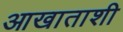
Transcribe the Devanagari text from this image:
आखाताशी